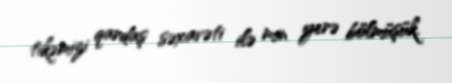
tikəmizi qardaş səxavəti ilə min yerə bölmüşük.